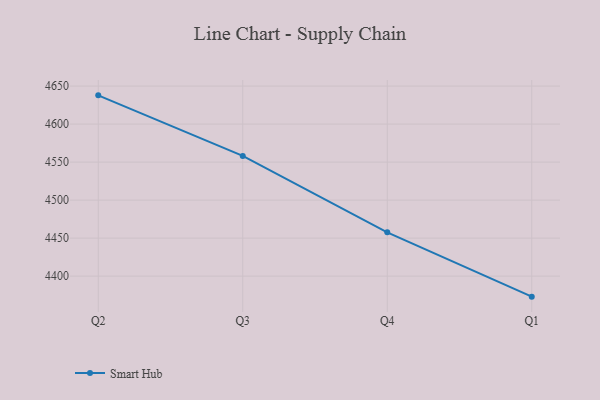
{"axis": {"x": "Quarter", "y": "Gross Profit (USD K)"}, "legend": ["Smart Hub"], "data": [{"x": "Q2", "y": 4637.8, "type": "Smart Hub"}, {"x": "Q3", "y": 4558.1, "type": "Smart Hub"}, {"x": "Q4", "y": 4457.6, "type": "Smart Hub"}, {"x": "Q1", "y": 4373.0, "type": "Smart Hub"}]}